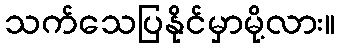
သက်သေပြနိုင်မှာမို့လား။